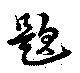
題